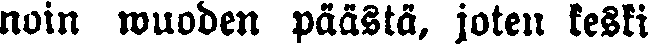
noin wuoden päästä, joten keski